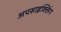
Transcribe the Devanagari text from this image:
अपसाइक्लिंग